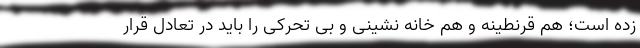
زده است؛ هم قرنطینه و هم خانه نشینی و بی تحرکی را باید در تعادل قرار